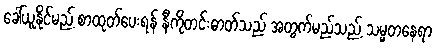
ခေါ်ယူနိုင်မည့် စာထုတ်ပေးရန် နီကိုတင်းဓာတ်သည် အတွက်မည်သည့် သမ္မတနေရာ